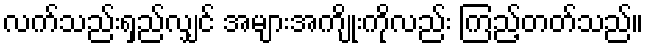
လက်သည်းရှည်လျှင် အများအကျိုးကိုလည်း ကြည့်တတ်သည်။